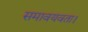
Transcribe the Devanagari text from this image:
समावयवता।